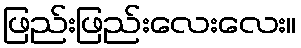
ဖြည်းဖြည်းလေးလေး။